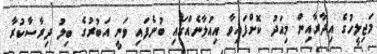
މަޖިލީހުގެ އިދާރާއިން މިއަދު ކޮށްފައިވާ އިއުލާނެއްގައި ބުނެފައި ވަނީ އަބުރުގެ ބިލު ދިރާސާކުރާ